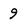
Character: 9